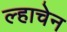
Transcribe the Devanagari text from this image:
ल्हाचेन